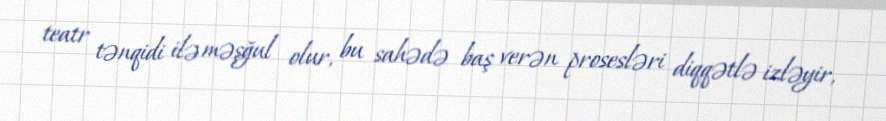
teatr tənqidi ilə məşğul olur, bu sahədə baş verən prosesləri diqqətlə izləyir,